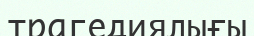
трагедиялығы